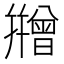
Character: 𭙇